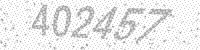
Solution: 402457